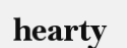
hearty